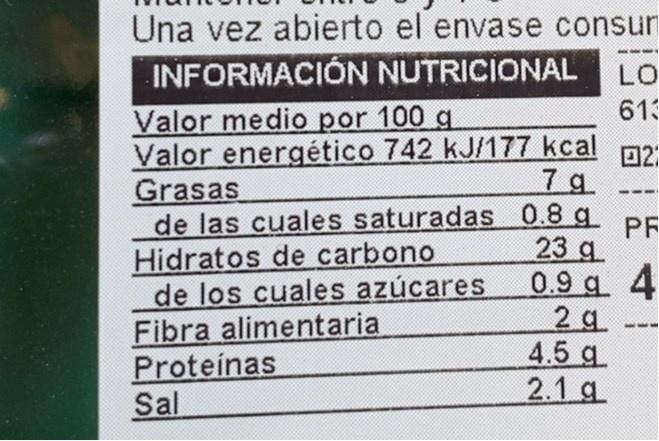
Una vez abierto el envase consur
INFORMACIÓN NUTRICIONAL
LO
613
Valor medio por 100 g Valor energético 742 kJ/177 kcal Grasas de las cuales saturadas0.8 g PE Hidratos de carbono de los cuales azúcares Fibra alimentaria Proteínas Sal
ロ2 7 g
23 g. 0.9 g 4 2 g 4.5 g. 2.1 g